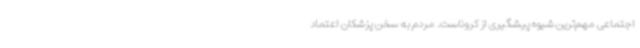
اجتماعی مهم‌ترین شیوه پیشگیری از کروناست. مردم به سخن پزشکان اعتماد